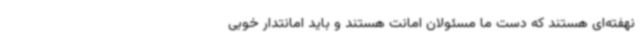
نهفته‌ای هستند که دست ما مسئولان امانت هستند و باید امانتدار خوبی